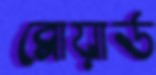
ব্রোয়ার্ড